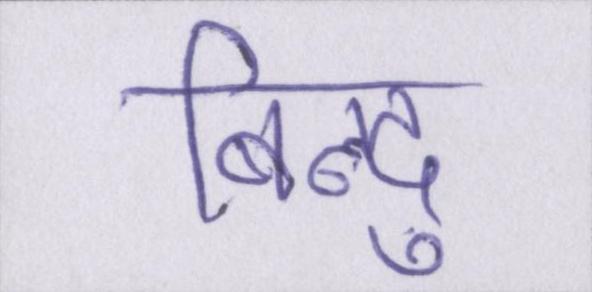
बिन्दु